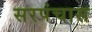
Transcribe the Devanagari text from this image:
सरपंचास